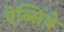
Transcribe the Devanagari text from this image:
ऐब्सिंथे